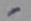
Text: -